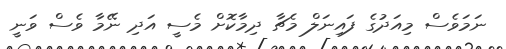
ނަމަވެސް މިއަދުގެ ފައިނަލް މެޗާ ދިމާކޮށް މެސީ އަދި ނޭމާ ވެސް ވަނީ